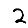
Digit: 2